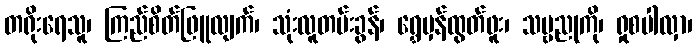
တရိုးရေသူ၊ ကြည်စိတ်ဖြူလျက်၊ သုံးလူတမ်းခွန်၊ ရွှေမှန်ထွတ်ဖူး၊ သဗ္ဗညုကို၊ ရှုစပါလှာ၊